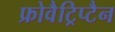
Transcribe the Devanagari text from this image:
फ्रोवैट्रिप्टैन